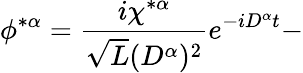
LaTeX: \phi^{*\alpha}=\frac{i\chi^{*\alpha}}{\sqrt{L}(D^{\alpha})^{2}}e^{-iD^{\alpha}t}-